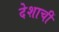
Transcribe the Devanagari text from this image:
देशाचीं